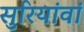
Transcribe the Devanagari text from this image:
सुरियांवां